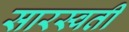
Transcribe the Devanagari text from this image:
सारस्वती